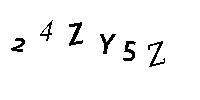
24ZY5Z